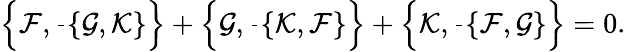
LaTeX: \left\{ {\cal F},\frac{}{}\{ {\cal G},{\cal K}\} \right\} +\left\{ {\cal G},\frac{}{}\{ {\cal K},{\cal F}\} \right\} +\left\{ {\cal K},\frac{}{}\{ {\cal F},{\cal G}\} \right\} =0.